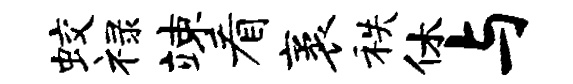
蛟禄竦看袤秩休与